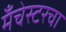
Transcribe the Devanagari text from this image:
मँचेस्टरचा